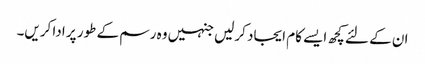
ان کے لئے کچھ ایسے کام ایجاد کرلیں جنہیں وہ رسم کے طور پر ادا کریں۔